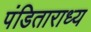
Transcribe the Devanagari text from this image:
पंडिताराध्य